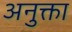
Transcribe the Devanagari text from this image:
अनुक्ता